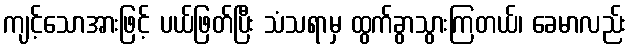
ကျင့်သောအားဖြင့် ပယ်ဖြတ်ပြီး သံသရာမှ ထွက်ခွာသွားကြတယ်၊ ခေမာလည်း